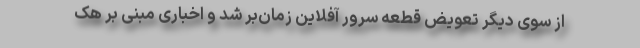
از سوی دیگر تعویض قطعه سرور آفلاین زمان‌بر شد و اخباری مبنی بر هک